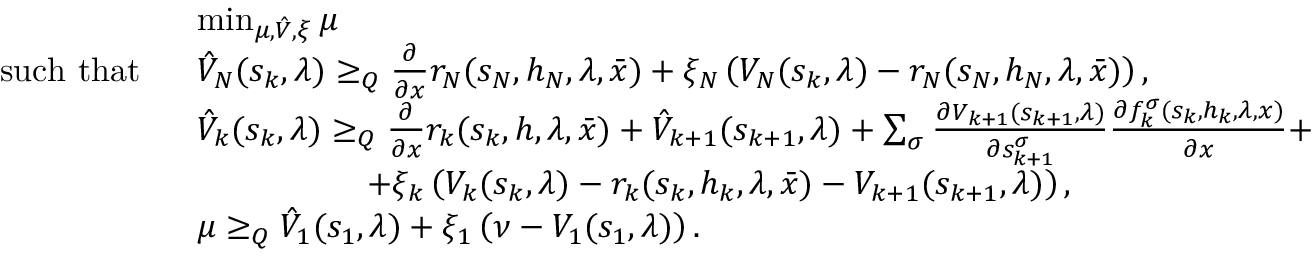
\begin{array} { r l } & { \operatorname* { m i n } _ { \mu , \hat { V } , \xi } \mu } \\ { \mathrm { s u c h ~ t h a t ~ } \ } & { \hat { V } _ { N } ( s _ { k } , \lambda ) \geq _ { Q } \frac { \partial } { \partial x } r _ { N } ( s _ { N } , h _ { N } , \lambda , \bar { x } ) + \xi _ { N } \left( V _ { N } ( s _ { k } , \lambda ) - r _ { N } ( s _ { N } , h _ { N } , \lambda , \bar { x } ) \right) , } \\ & { \hat { V } _ { k } ( s _ { k } , \lambda ) \geq _ { Q } \frac { \partial } { \partial x } r _ { k } ( s _ { k } , h , \lambda , \bar { x } ) + \hat { V } _ { k + 1 } ( s _ { k + 1 } , \lambda ) + \sum _ { \sigma } \frac { \partial V _ { k + 1 } ( s _ { k + 1 } , \lambda ) } { \partial s _ { k + 1 } ^ { \sigma } } \frac { \partial f _ { k } ^ { \sigma } ( s _ { k } , h _ { k } , \lambda , x ) } { \partial x } + } \\ & { \qquad \qquad \quad + \xi _ { k } \left( V _ { k } ( s _ { k } , \lambda ) - r _ { k } ( s _ { k } , h _ { k } , \lambda , \bar { x } ) - V _ { k + 1 } ( s _ { k + 1 } , \lambda ) \right) , } \\ & { \mu \geq _ { Q } \hat { V } _ { 1 } ( s _ { 1 } , \lambda ) + \xi _ { 1 } \left( \nu - V _ { 1 } ( s _ { 1 } , \lambda ) \right) . } \end{array}